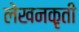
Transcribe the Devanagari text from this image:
लेखनकृती